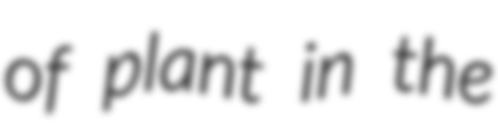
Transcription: of plant in the